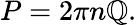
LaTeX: P=2\pi{n}\mathbb{Q}.